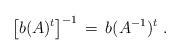
LaTeX: \begin{align*}\big[ b(A)^t \big]^{-1} \,=\, b(A^{-1})^t \ .\end{align*}